Indian journal of veterinary science and animal husbandry - Volumes 18-21, 1948-1951
Year: 1948
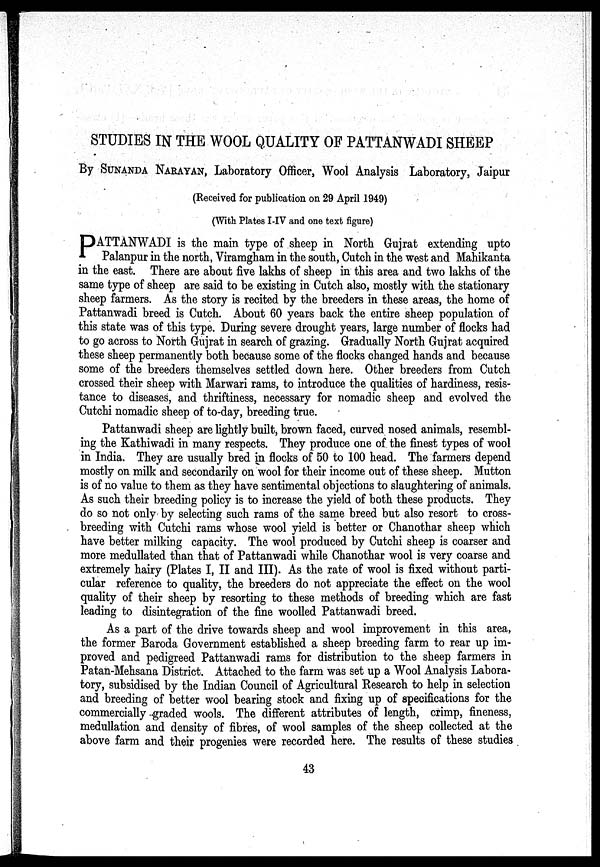
STUDIES IN THE WOOL QUALITY OF PATTANWADI SHEEP
By SUNANDA NARAYAN, Laboratory Officer, Wool Analysis Laboratory, Jaipur
(Received for publication on 29 April 1949)
(With Plates I-IV and one text figure)
PATTANWADI is the main type of sheep in North Gujrat extending upto
Palanpur in the north, Viramgham in the south, Cutch in the west and Mahikanta
in the east. There are about five lakhs of sheep in this area and two lakhs of the
same type of sheep are said to be existing in Cutch also, mostly with the stationary
sheep farmers. As the story is recited by the breeders in these areas, the home of
Pattanwadi breed is Cutch. About 60 years back the entire sheep population of
this state was of this type. During severe drought years, large number of flocks had
to go across to North Gujrat in search of grazing. Gradually North Gujrat acquired
these sheep permanently both because some of the flocks changed hands and because
some of the breeders themselves settled down here. Other breeders from Cutch
crossed their sheep with Marwari rams, to introduce the qualities of hardiness, resis-
tance to diseases, and thriftiness, necessary for nomadic sheep and evolved the
Cutchi nomadic sheep of to-day, breeding true.
Pattanwadi sheep are lightly built, brown faced, curved nosed animals, resembl-
ing the Kathiwadi in many respects. They produce one of the finest types of wool
in India. They are usually bred in flocks of 50 to 100 head. The farmers depend
mostly on milk and secondarily on wool for their income out of these sheep. Mutton
is of no value to them as they have sentimental objections to slaughtering of animals.
As such their breeding policy is to increase the yield of both these products. They
do so not only by selecting such rams of the same breed but also resort to cross-
breeding with Cutchi rams whose wool yield is better or Chanothar sheep which
have better milking capacity. The wool produced by Cutchi sheep is coarser and
more medullated than that of Pattanwadi while Chanothar wool is very coarse and
extremely hairy (Plates I, II and III). As the rate of wool is fixed without parti-
cular reference to quality, the breeders do not appreciate the effect on the wool
quality of their sheep by resorting to these methods of breeding which are fast
leading to disintegration of the fine woolled Pattanwadi breed.
As a part of the drive towards sheep and wool improvement in this area,
the former Baroda Government established a sheep breeding farm to rear up im-
proved and pedigreed Pattanwadi rams for distribution to the sheep farmers in
Patan-Mehsana District. Attached to the farm was set up a Wool Analysis Labora-
tory, subsidised by the Indian Council of Agricultural Research to help in selection
and breeding of better wool bearing stock and fixing up of specifications for the
commercially graded wools. The different attributes of length, crimp, fineness,
medullation and density of fibres, of wool samples of the sheep collected at the
above farm and their progenies were recorded here. The results of these studies
43